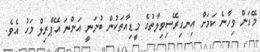
މޭގަން ވިހާނެ ކަމަށް އިނގިރޭސިވިލާތުގެ މީޑިއާތަކުން ބުނަނީ އަންނަ އޭޕްރިލް މަހު އެވެ.